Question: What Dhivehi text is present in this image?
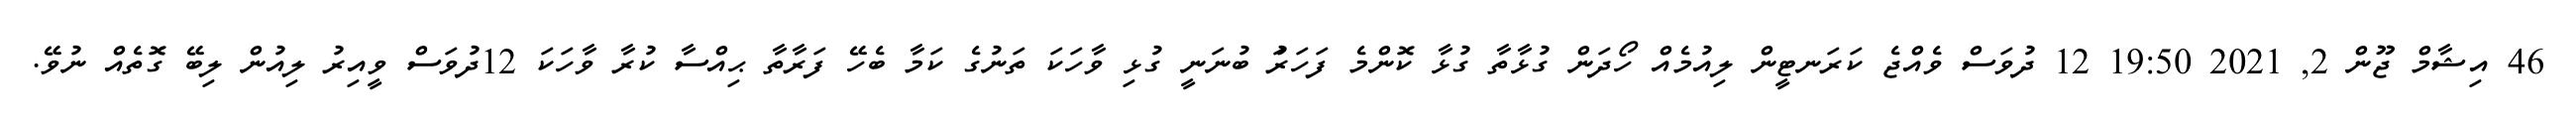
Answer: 46 އިޝާމް ޖޫން 2, 2021 19:50 12 ދުވަސް ވެއްޖެ ކަރަނޓީން ލިއުމެއް ހޯދަން ގުޅާތާ ގުޅާ ކޮންމެ ފަހަރަު ބުނަނީ ގުޅި ވާހަކަ ތަނުގެ ކަމާ ބެހޭ ފަރާތާ ޙިއްސާ ކުރާ ވާހަކަ 12ދުވަސް ވީއިރު ލިއުން ލިބޭ ގޮތެއް ނުވޭ.